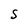
Character: S